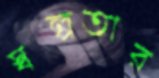
স্বল্পতার